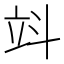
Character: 䇆